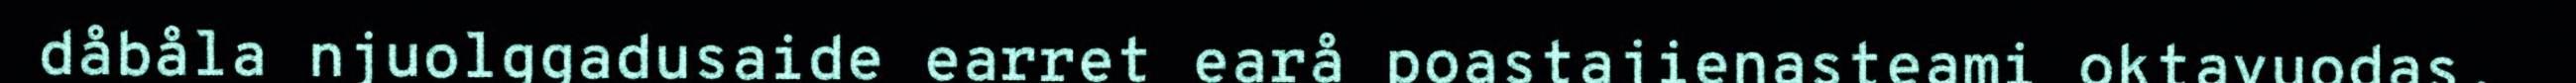
dåbåla njuolggadusaide earret earå poastajienasteami oktavuodas.